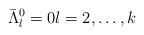
LaTeX: \begin{align*}\bar\Lambda^0_l = 0 l =2,\ldots, k\end{align*}